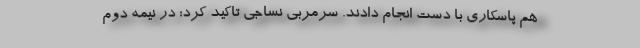
هم پاسکاری با دست انجام دادند. سرمربی نساجی تاکید کرد: در نیمه دوم